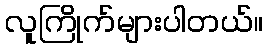
လူကြိုက်များပါတယ်။